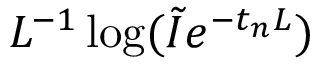
L ^ { - 1 } \log ( \tilde { I } e ^ { - t _ { n } L } )